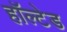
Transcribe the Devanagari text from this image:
हॉल्टेड